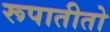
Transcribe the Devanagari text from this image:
रूपातीतो